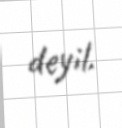
deyil.